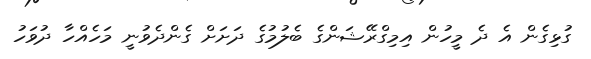
ގުޅިގެން އެ ދެ މީހުން އިމިގްރޭޝަންގެ ބެލުމުގެ ދަށަށް ގެންދެވުނީ މަހެއްހާ ދުވަހު